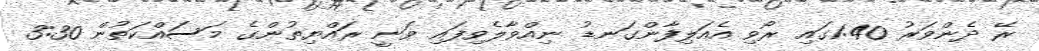
ރޭ ދެންވަރު 1:40ގައި ރޯވި އެއަލިފާންގަނޑު ނިއްވާލެވިފައި ވަނީ ރައްޔިތުންގެ މަސައްކަތުން 3:30